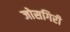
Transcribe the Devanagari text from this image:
जोसगिरी